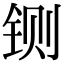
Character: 铡